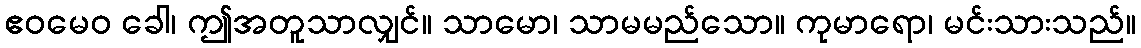
ဧဝမေဝ ခေါ၊ ဤအတူသာလျှင်။ သာမော၊ သာမမည်သော။ ကုမာရော၊ မင်းသားသည်။